Lunatic asylums Central Provinces reports 1874-1885 - 1874-1885
Year: 1874
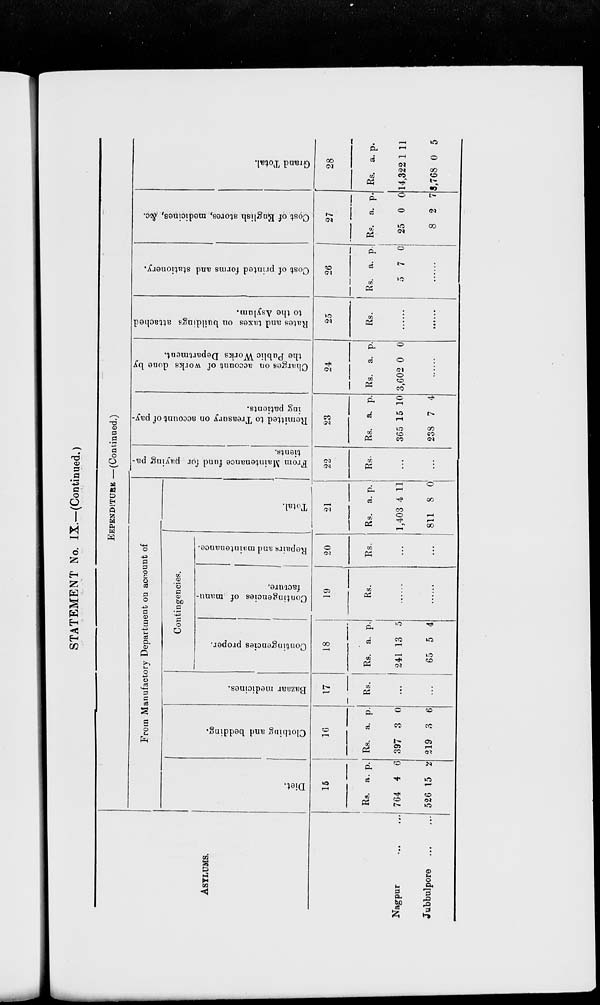
STATEMENT No. IX.—(Continued.)
ASYLUMS.
Nagpur
...
...
Jubbulpore ... ...
EEPENDITURE —(Continued.)
From Manufactory Department on account of
Diet.
15
Rs.
764
526
a.
4
15
p.
6
2
Clothing and bedding.
16
Rs.
397
219
a.
3
3
p.
0
6
Bazaar medicines.
17
Rs.
...
...
Contingencies.
Contingencies proper.
18
Rs.
241
65
a.
13
5
p.
5
4
Contingencies of manu-
facture.
19
Rs.
......
......
Repairs and maintenance.
20
Rs.
...
...
Total.
21
Rs.
1,403
811
a.
4
8
p.
11
0
From Maintenance fund for paying pa-
tients.
22
Rs.
...
...
Remitted to Treasury on account of pay-
ing patients.
23
Rs.
365
238
a.
15
7
p.
10
4
Charges on account of works done by
the Public Works Department.
24
Rs.
3,602
a.
0
p.
0
Rates and taxes on buildings attached
to the Asylum.
25
Rs.
......
......
Cost of printed forms and stationery.
26
Rs.
5
a.
7
p.
0
......
Cost of English stores, medicines, &c.
27
Rs.
25
8
a.
0
2
p.
0
7
Grand Total.
28
Rs.
14,322
8,768
a.
1
0
p.
11
5